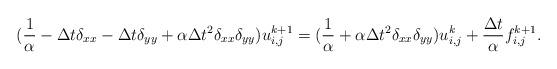
LaTeX: \begin{align*}(\frac{1}{\alpha}-\Delta t \delta_{xx} -\Delta t \delta_{yy}+ \alpha \Delta t^2 \delta_{xx} \delta_{yy} ) u^{k+1}_{i,j}= (\frac{1}{\alpha} + \alpha \Delta t^2 \delta_{xx} \delta_{yy})u^{k}_{i,j}+ \frac{\Delta t}{\alpha} f^{k+1}_{i,j}.\end{align*}